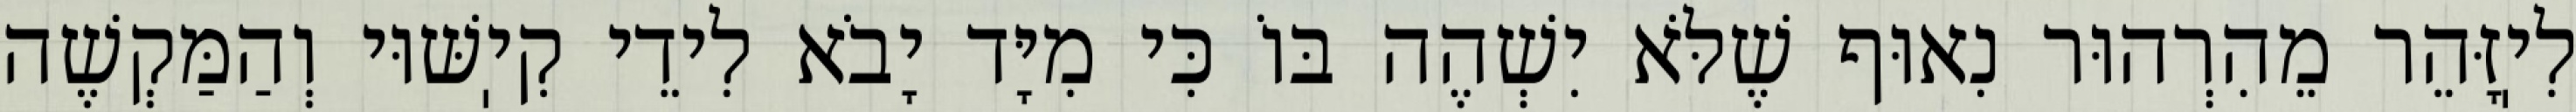
לִיֽזָּהֵר מֵהִרְהוּר נִאוּף שֶׁלֹּא יִשְׁהֶה בּוֹ כִּי מִיָּד יָבֹא לִידֵי קִיֽשּׁוּי וְהַמַּקְשֶׁה